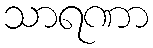
သာရဏာ